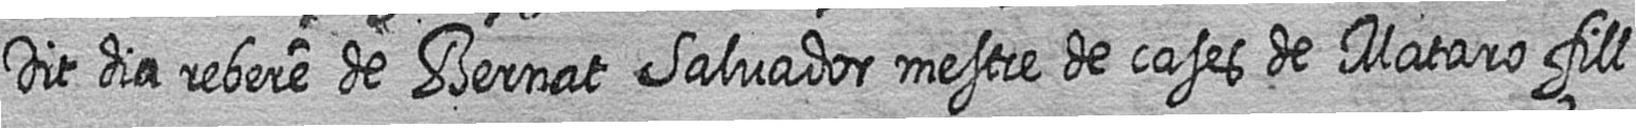
Dit dia rebere de Bernat Salvador mestre de cases de Mataro fill